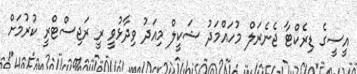
އީސީގެ ޑިރެކްޓާ ޖެނެރަލް މުހައްމަދު ޝަކީލް މިއަދު ވިދާޅުވީ ރީ ރަޖިސްޓްރީ ކުރުމަށް